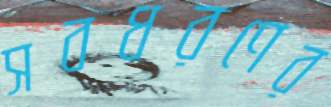
সবধরণের